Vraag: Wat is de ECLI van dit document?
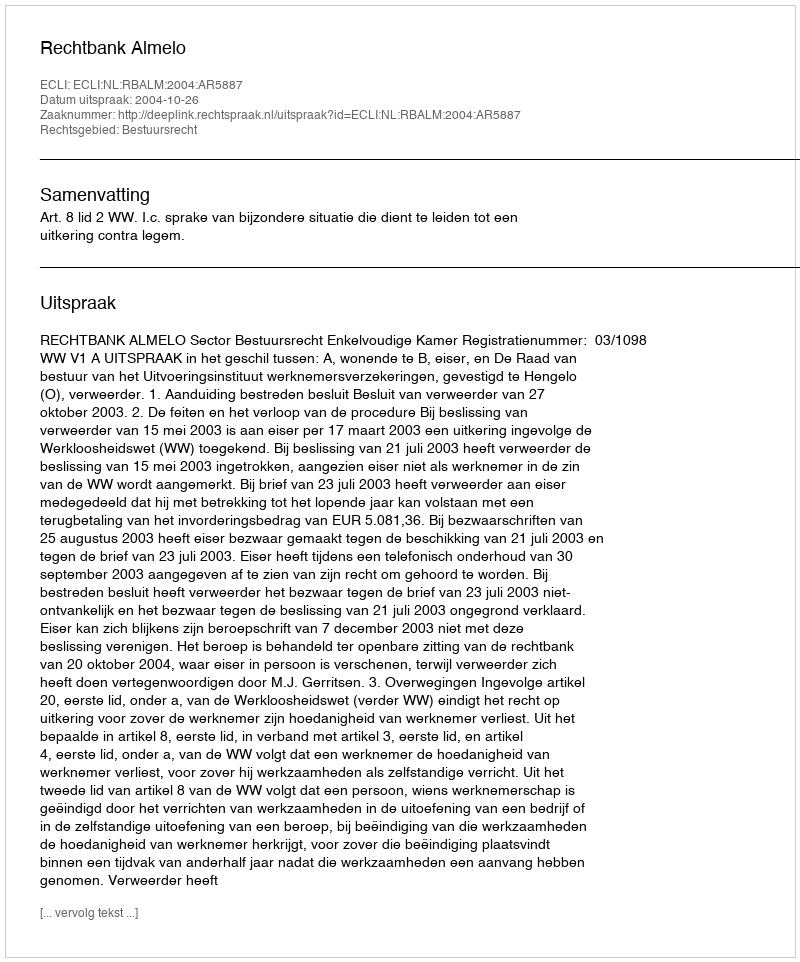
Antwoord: ECLI:NL:RBALM:2004:AR5887